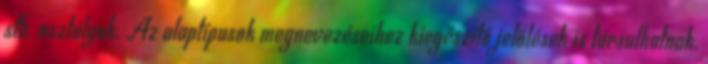
stb. osztályok. Az alaptípusok megnevezéseihez kiegészítő jelölések is társulhatnak.